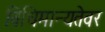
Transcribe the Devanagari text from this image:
विधिमान्यतेवर